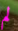
لم